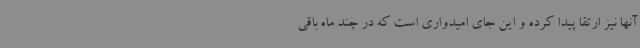
آنها نیز ارتقا پیدا کرده و این جای امیدواری است که در چند ماه باقی